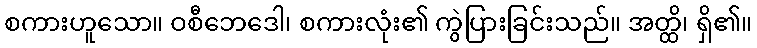
စကားဟူသော။ ဝစီဘေဒေါ၊ စကားလုံး၏ ကွဲပြားခြင်းသည်။ အတ္ထိ၊ ရှိ၏။